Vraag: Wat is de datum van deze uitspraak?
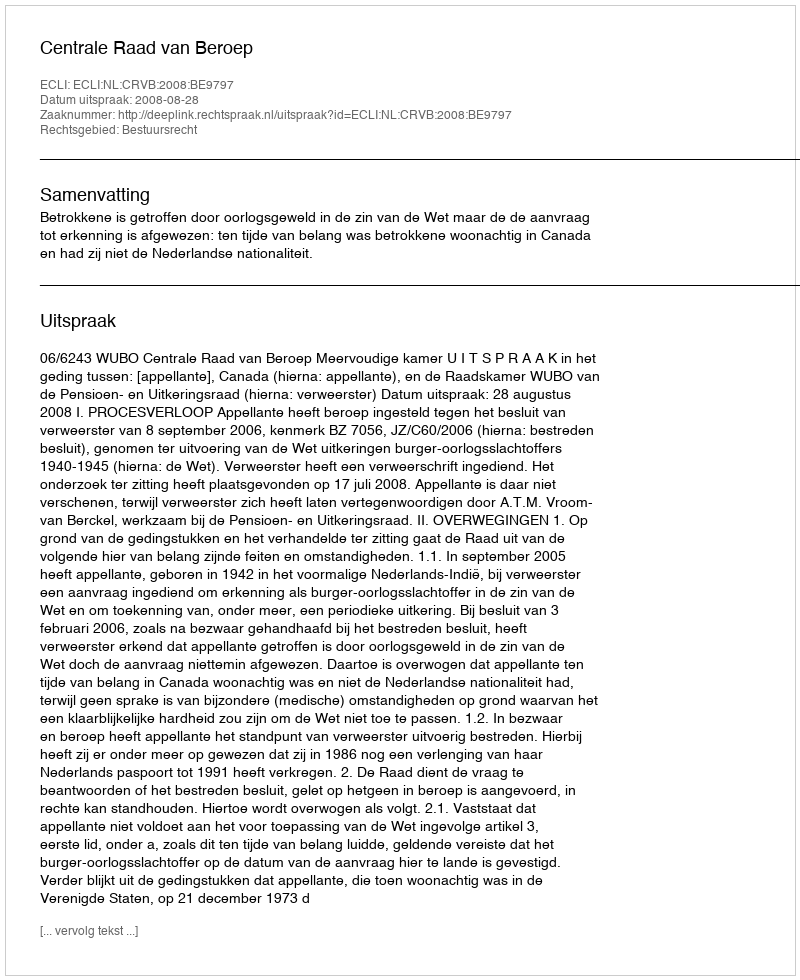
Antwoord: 2008-08-28